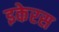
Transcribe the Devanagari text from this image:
इकेरस